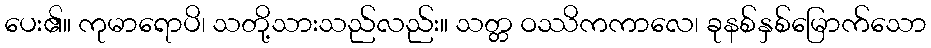
ပေး၏။ ကုမာရောပိ၊ သတို့သားသည်လည်း။ သတ္တ ဝဿိကကာလေ၊ ခုနစ်နှစ်မြောက်သော